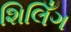
શિલિઁગ